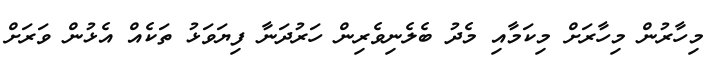
މިހާރުން މިހާރަށް މިކަމާއި މެދު ބެލެނިވެރިން ހަރުދަނާ ފިޔަވަޅު ތަކެއް އެޅުން ވަރަށް